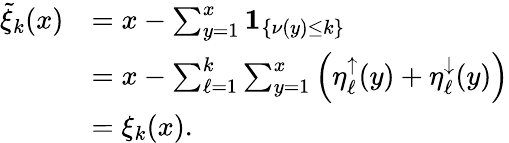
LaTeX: \begin{array}{rl}{\tilde{\xi}_{k}(x)}&{=x-\sum_{y=1}^{x}\mathbf{1}_{\left\{ \nu(y)\le k\right\} }}\\ &{=x-\sum_{\ell=1}^{k}\sum_{y=1}^{x}\left(\eta_{\ell}^{\uparrow}(y)+\eta_{\ell}^{\downarrow}(y)\right)}\\ &{=\xi_{k}(x).}\end{array}